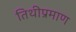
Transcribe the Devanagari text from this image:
तिथीप्रमाण